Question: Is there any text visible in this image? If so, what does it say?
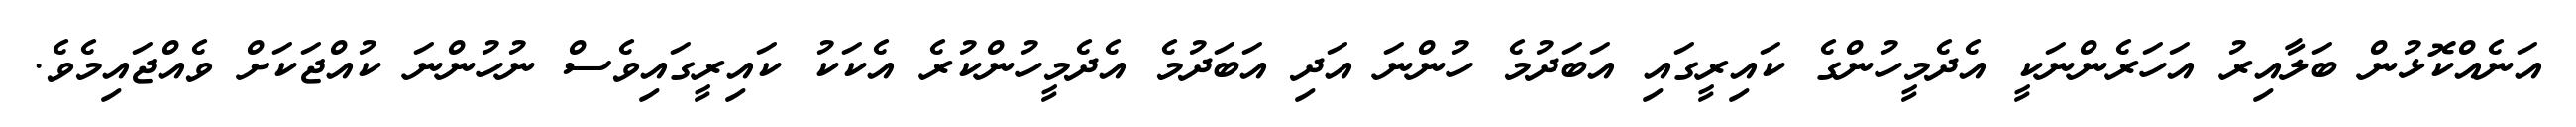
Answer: އަނެއްކޮޅުން ބަލާއިރު އަހަރެންނަކީ އެދެމީހުންގެ ކައިރީގައި އަބަދުމެ ހުންނަ އަދި އަބަދުމެ އެދެމީހުންކުރެ އެކަކު ކައިރީގައިވެސް ނުހުންނަ ކުއްޖަކަށް ވެއްޖައިމެވެ.